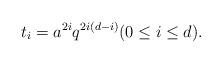
LaTeX: \begin{align*} t_i = a^{2i} q^{2i(d-i)} (0 \leq i \leq d). \end{align*}